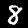
Label: 8